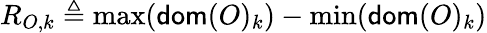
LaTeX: R_{O,k}\triangleq\operatorname*{max}(\mathsf{dom}(O)_{k})-\operatorname*{min}(\mathsf{dom}(O)_{k})